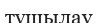
тұщылау